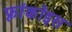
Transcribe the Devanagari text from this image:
फ़्रांकॉइस